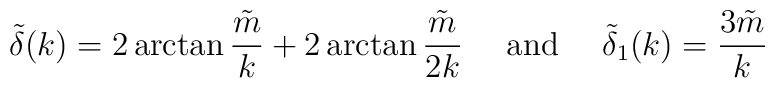
\tilde \delta(k) = 2\arctan \frac{\tilde m}{k} + 2\arctan \frac{\tilde m}{2k} \hbox{~~~~and~~~~} \tilde\delta_1(k) = \frac{3 \tilde m}{k}